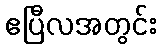
ဧပြီလအတွင်း